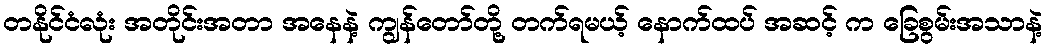
တနိုင်ငံလုံး အတိုင်းအတာ အနေနဲ့ ကျွန်တော်တို့ တက်ရမယ့် နောက်ထပ် အဆင့် က ခြေစွမ်းအသာနဲ့